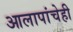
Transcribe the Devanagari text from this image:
आलापांचेही